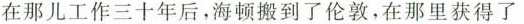
在那儿工作三十年后,海顿搬到了伦敦,在那里获得了